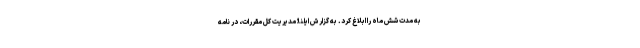
به مدت شش ماه را ابلاغ کرد. به گزارش ایلنا؛ مدیریت کل مقررات، در نامه